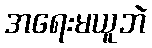
အရေးမယူဘဲ